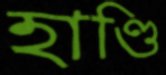
হাণ্ডি